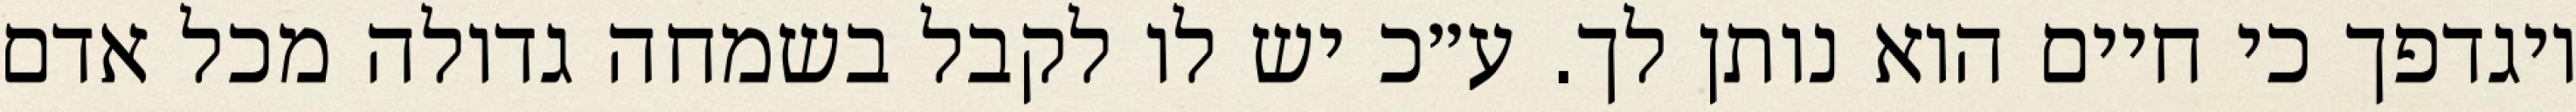
ויגדפך כי חיים הוא נותן לך. ע״כ יש לו לקבל בשמחה גדולה מכל אדם